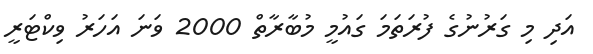
އަދި މި ގަރުނުގެ ފުރަތަމަ ގައުމީ މުބާރާތް 2000 ވަނަ އަހަރު ވިކްޓަރީ